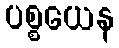
ပစ္စယေန